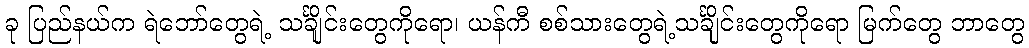
ခု ပြည်နယ်က ရဲဘော်တွေရဲ့ သင်္ချိုင်းတွေကိုရော၊ ယန်ကီ စစ်သားတွေရဲ့သင်္ချိုင်းတွေကိုရော မြက်တွေ ဘာတွေ